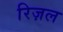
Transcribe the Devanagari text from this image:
रिज़ल